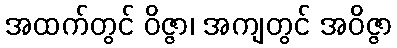
အထက်တွင် ဝိဇ္ဇာ၊ အကျတွင် အဝိဇ္ဇာ